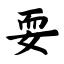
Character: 耍